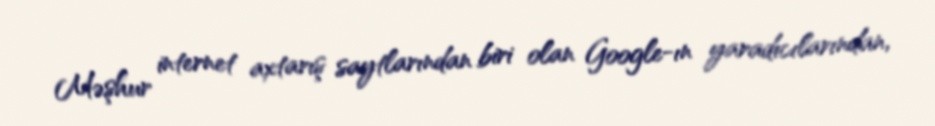
Məşhur internet axtarış saytlarından biri olan Google-ın yaradıcılarından,